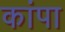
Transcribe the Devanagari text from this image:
कांपा